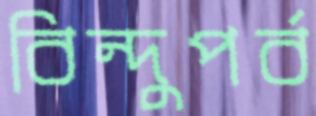
বিন্দুপর্ব